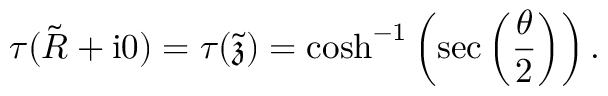
\tau ( \tilde { R } + \mathrm { i } 0 ) = \tau ( \tilde { \mathfrak { z } } ) = \cosh ^ { - 1 } \left( \sec \left( \frac { \theta } { 2 } \right) \right) .